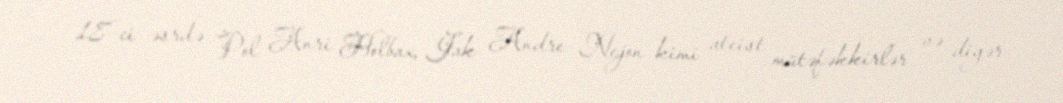
18-ci əsrdə Pol Anri Holbax, Jak Andre Nejon kimi ateist mütəfəkkirlər və digər